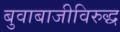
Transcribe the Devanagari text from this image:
बुवाबाजीविरुद्ध